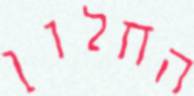
החלון